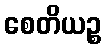
စေတိယဉ္စ